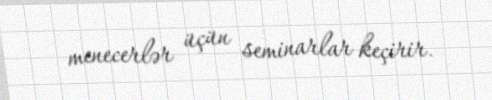
menecerlər üçün seminarlar keçirir.